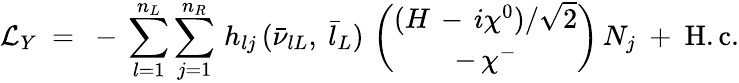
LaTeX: {\cal L}_{Y}\ =\ -\, \sum_{l=1}^{n_{L}}\sum_{j=1}^{n_{R}}\, h_{lj}\, (\bar{\nu}_{lL},\ \bar{l}_{L})\, \left(\begin{array}{c}{{(H\, -\, i\chi^{0})/\sqrt{2}}}\\ {{-\, \chi^{-}}}\end{array}\right)\, N_{j}\ +\ \mathrm{H.c.}